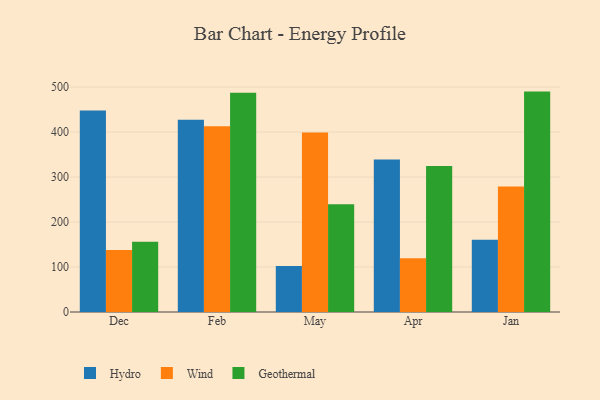
{"axis": {"x": "Month", "y": "Tickets Resolved"}, "legend": ["Geothermal", "Hydro", "Wind"], "data": [{"x": "Dec", "y": 447.8, "type": "Hydro"}, {"x": "Dec", "y": 137.8, "type": "Wind"}, {"x": "Dec", "y": 156.3, "type": "Geothermal"}, {"x": "Feb", "y": 427.3, "type": "Hydro"}, {"x": "Feb", "y": 413.1, "type": "Wind"}, {"x": "Feb", "y": 487.4, "type": "Geothermal"}, {"x": "May", "y": 102.1, "type": "Hydro"}, {"x": "May", "y": 399.0, "type": "Wind"}, {"x": "May", "y": 239.7, "type": "Geothermal"}, {"x": "Apr", "y": 339.2, "type": "Hydro"}, {"x": "Apr", "y": 119.5, "type": "Wind"}, {"x": "Apr", "y": 324.8, "type": "Geothermal"}, {"x": "Jan", "y": 160.6, "type": "Hydro"}, {"x": "Jan", "y": 279.2, "type": "Wind"}, {"x": "Jan", "y": 489.9, "type": "Geothermal"}]}